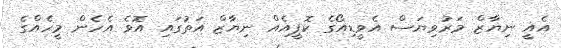
އެއީ ނިޔާޒް މަރުވިޔަސް އެވީޑިއޯގެ ކޮޕީއެއް ނިޔާޒް އަތުގައި އޮވެ އެހެން މީހެއްގެ